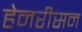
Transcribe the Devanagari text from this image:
हेनरीसन